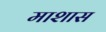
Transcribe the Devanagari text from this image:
माशास